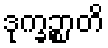
ဒုက္ခဉ္စာတိ